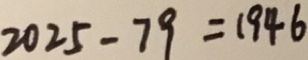
2 0 2 5 - 7 9 = 1 9 4 6